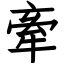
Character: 牽